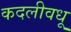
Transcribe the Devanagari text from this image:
कदलीवधू